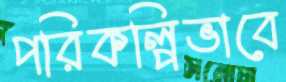
পরিকল্পিভাবে